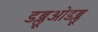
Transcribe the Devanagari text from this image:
डब्लूओडब्लू